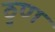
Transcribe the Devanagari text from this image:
ठुण